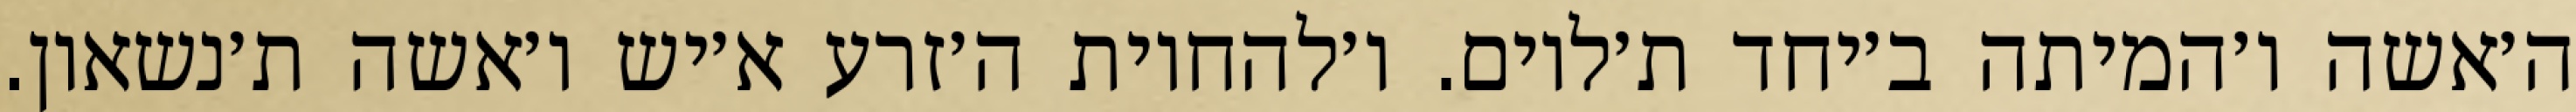
ה׳אשה ו׳המיתה ב׳יחד ת׳לוים. ו׳להחיות ה׳זרע א׳יש ו׳אשה ת׳נשאון.